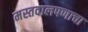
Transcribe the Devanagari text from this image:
मस्तवालपणाचा